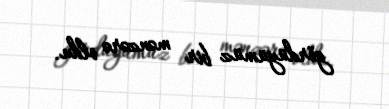
gördüyümüz bir mənzərə oldu.